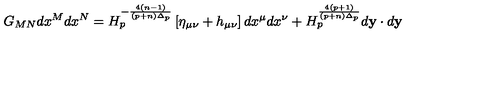
G _ { M N } d x ^ { M } d x ^ { N } = H _ { p } ^ { - { \frac { 4 ( n - 1 ) } { ( p + n ) \Delta _ { p } } } } \left[ \eta _ { \mu \nu } + h _ { \mu \nu } \right] d x ^ { \mu } d x ^ { \nu } + H _ { p } ^ { \frac { 4 ( p + 1 ) } { ( p + n ) \Delta _ { p } } } d { \bf y } \cdot d { \bf y }